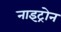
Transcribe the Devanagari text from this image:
नाइट्रोन